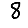
Digit: 8